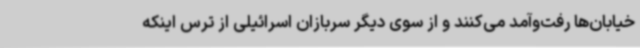
خیابان‌ها رفت‌وآمد می‌کنند و از سوی دیگر سربازان اسرائیلی از ترس اینکه